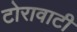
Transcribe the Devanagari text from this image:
टोरावाटी